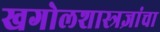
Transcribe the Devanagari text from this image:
खगोलशास्त्रज्ञांचा